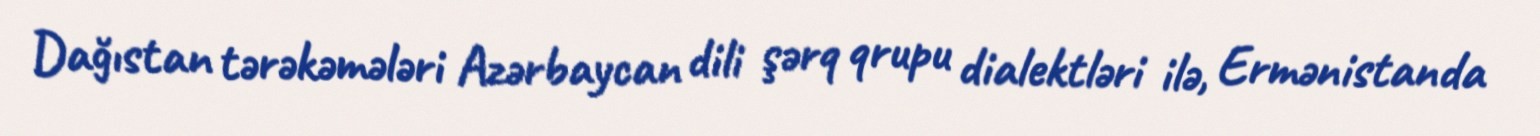
Dağıstan tərəkəmələri Azərbaycan dili şərq qrupu dialektləri ilə, Ermənistanda